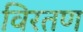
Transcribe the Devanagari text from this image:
विरतण